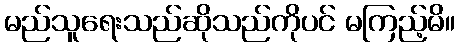
မည်သူရေးသည်ဆိုသည်ကိုပင် မကြည့်မိ။